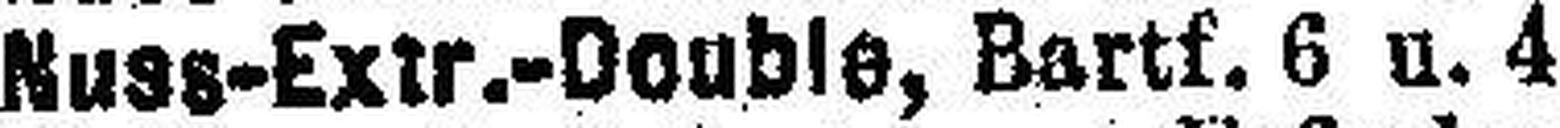
Nuss-Extr.-Double, Bartf. 6 u. 4